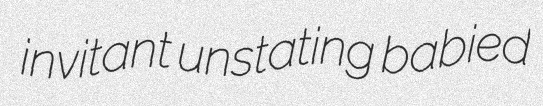
invitant unstating babied